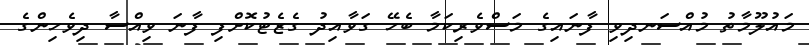
މައުލޫމާތު މުއްސަނދިވި ފާނައިގެ މަސްވެރިކަމާ ބެހޭ ގަވާއިދު ގެޒެޓުކޮށްފި ފާނަ ވިއްސާ ދިވެހިންގެ